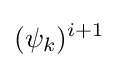
(\psi _{k})^{i+1}